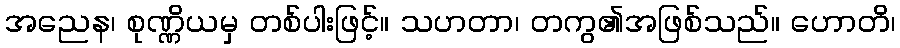
အညေန၊ စုဏ္ဏိယမှ တစ်ပါးဖြင့်။ သဟတာ၊ တကွ၏အဖြစ်သည်။ ဟောတိ၊